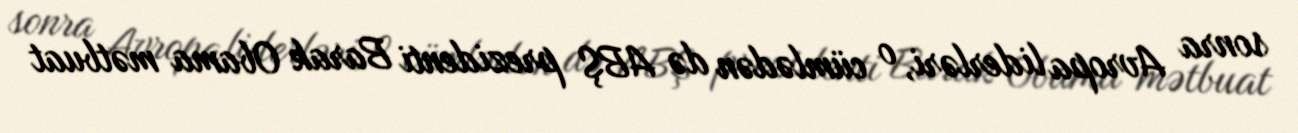
sonra Avropa liderləri, o cümlədən də ABŞ prezidenti Barak Obama mətbuat